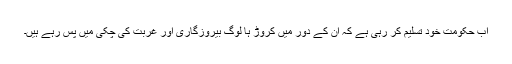
اب حکومت خود تسلیم کر رہی ہے کہ ان کے دور میں کروڑ ہا لوگ بیروزگاری اور غربت کی چکی میں پس رہے ہیں۔